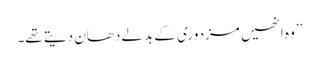
’’وہ انھیں مزدوری کے بدلے دھان دیتے تھے۔